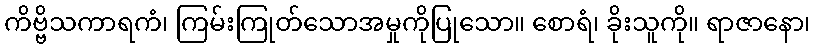
ကိဗ္ဗိသကာရကံ၊ ကြမ်းကြုတ်သောအမှုကိုပြုသော။ စောရံ၊ ခိုးသူကို။ ရာဇာနော၊